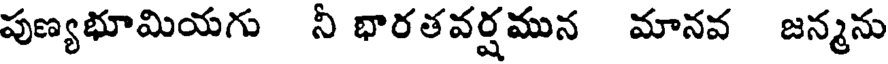
పుణ్యభూమియగు నీ భారతవర్షమున మానవ జన్మను